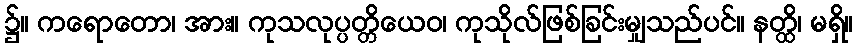
၌။ ကရောတော၊ အား။ ကုသလုပ္ပတ္တိယေဝ၊ ကုသိုလ်ဖြစ်ခြင်းမျှသည်ပင်။ နတ္ထိ၊ မရှိ။